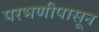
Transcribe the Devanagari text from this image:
परभणीपासून